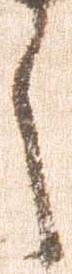
之